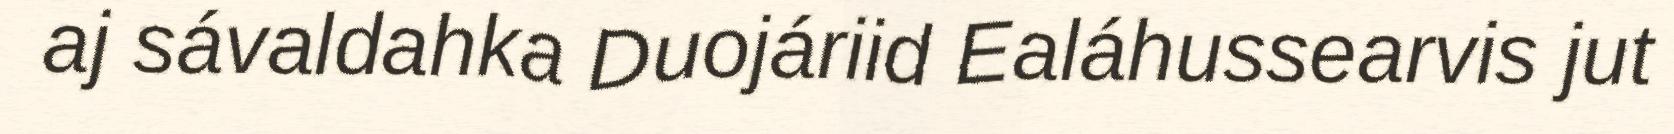
aj sávaldahka Duojáriid Ealáhussearvis jut